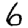
Digit: 6